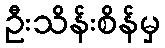
ဦးသိန်းစိန်မှ